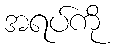
အရပ်ကို